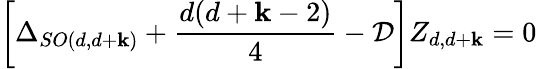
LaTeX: \left[\Delta_{SO(d,d+\mathbf{k})}+\frac{{d(d+\mathbf{k}-2)}}{{4}}-{\cal{D}}\right]Z_{d,d+\mathbf{k}}=0